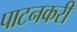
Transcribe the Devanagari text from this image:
पाटनकरी